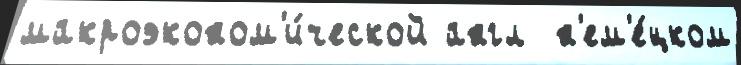
макроэконом'и́ческой англ  н'ем'е́цком